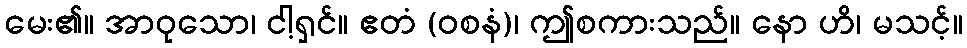
မေး၏။ အာဝုသော၊ ငါ့ရှင်။ ဧတံ (ဝစနံ)၊ ဤစကားသည်။ နော ဟိ၊ မသင့်။